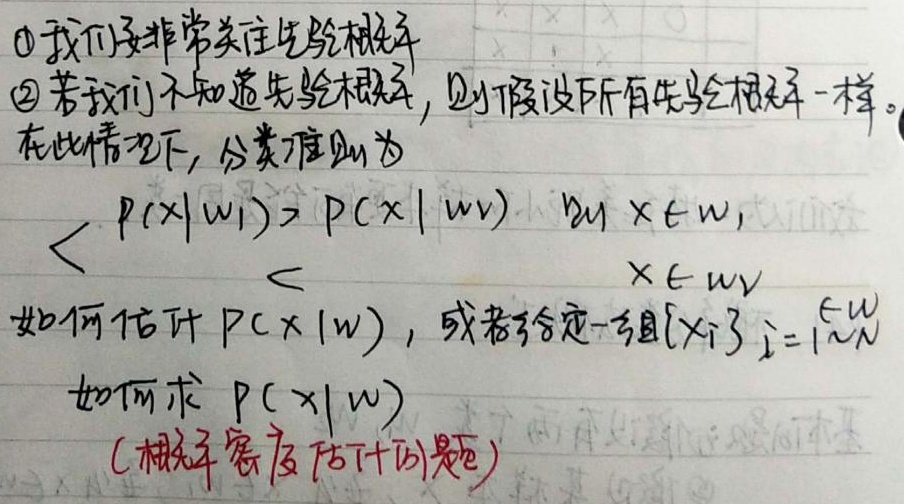
\textcircled{1}我们要非常关注先验概率。\textcircled{2}若我们不知道先验概率，则假设所有先验概率一样。在此情况下，分类准则为
\[
\begin{cases}
P(x|\omega_1)> P(x|\omega_2) & x\in\omega_1\\
x\in\omega_2
\end{cases}
\]
如何估计$P(x|\omega)$，或者给定一组$\{x_i\}_{i = 1}^{N}$如何求$P(x|\omega)$(概率密度估计问题)